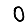
Digit: 0